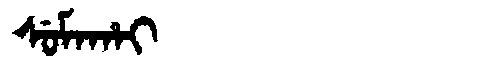
Manchu: ᠰᡠᠮᠠᡥᠠᡳ
Romanization: SUMAHAI